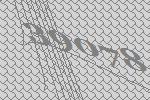
39078